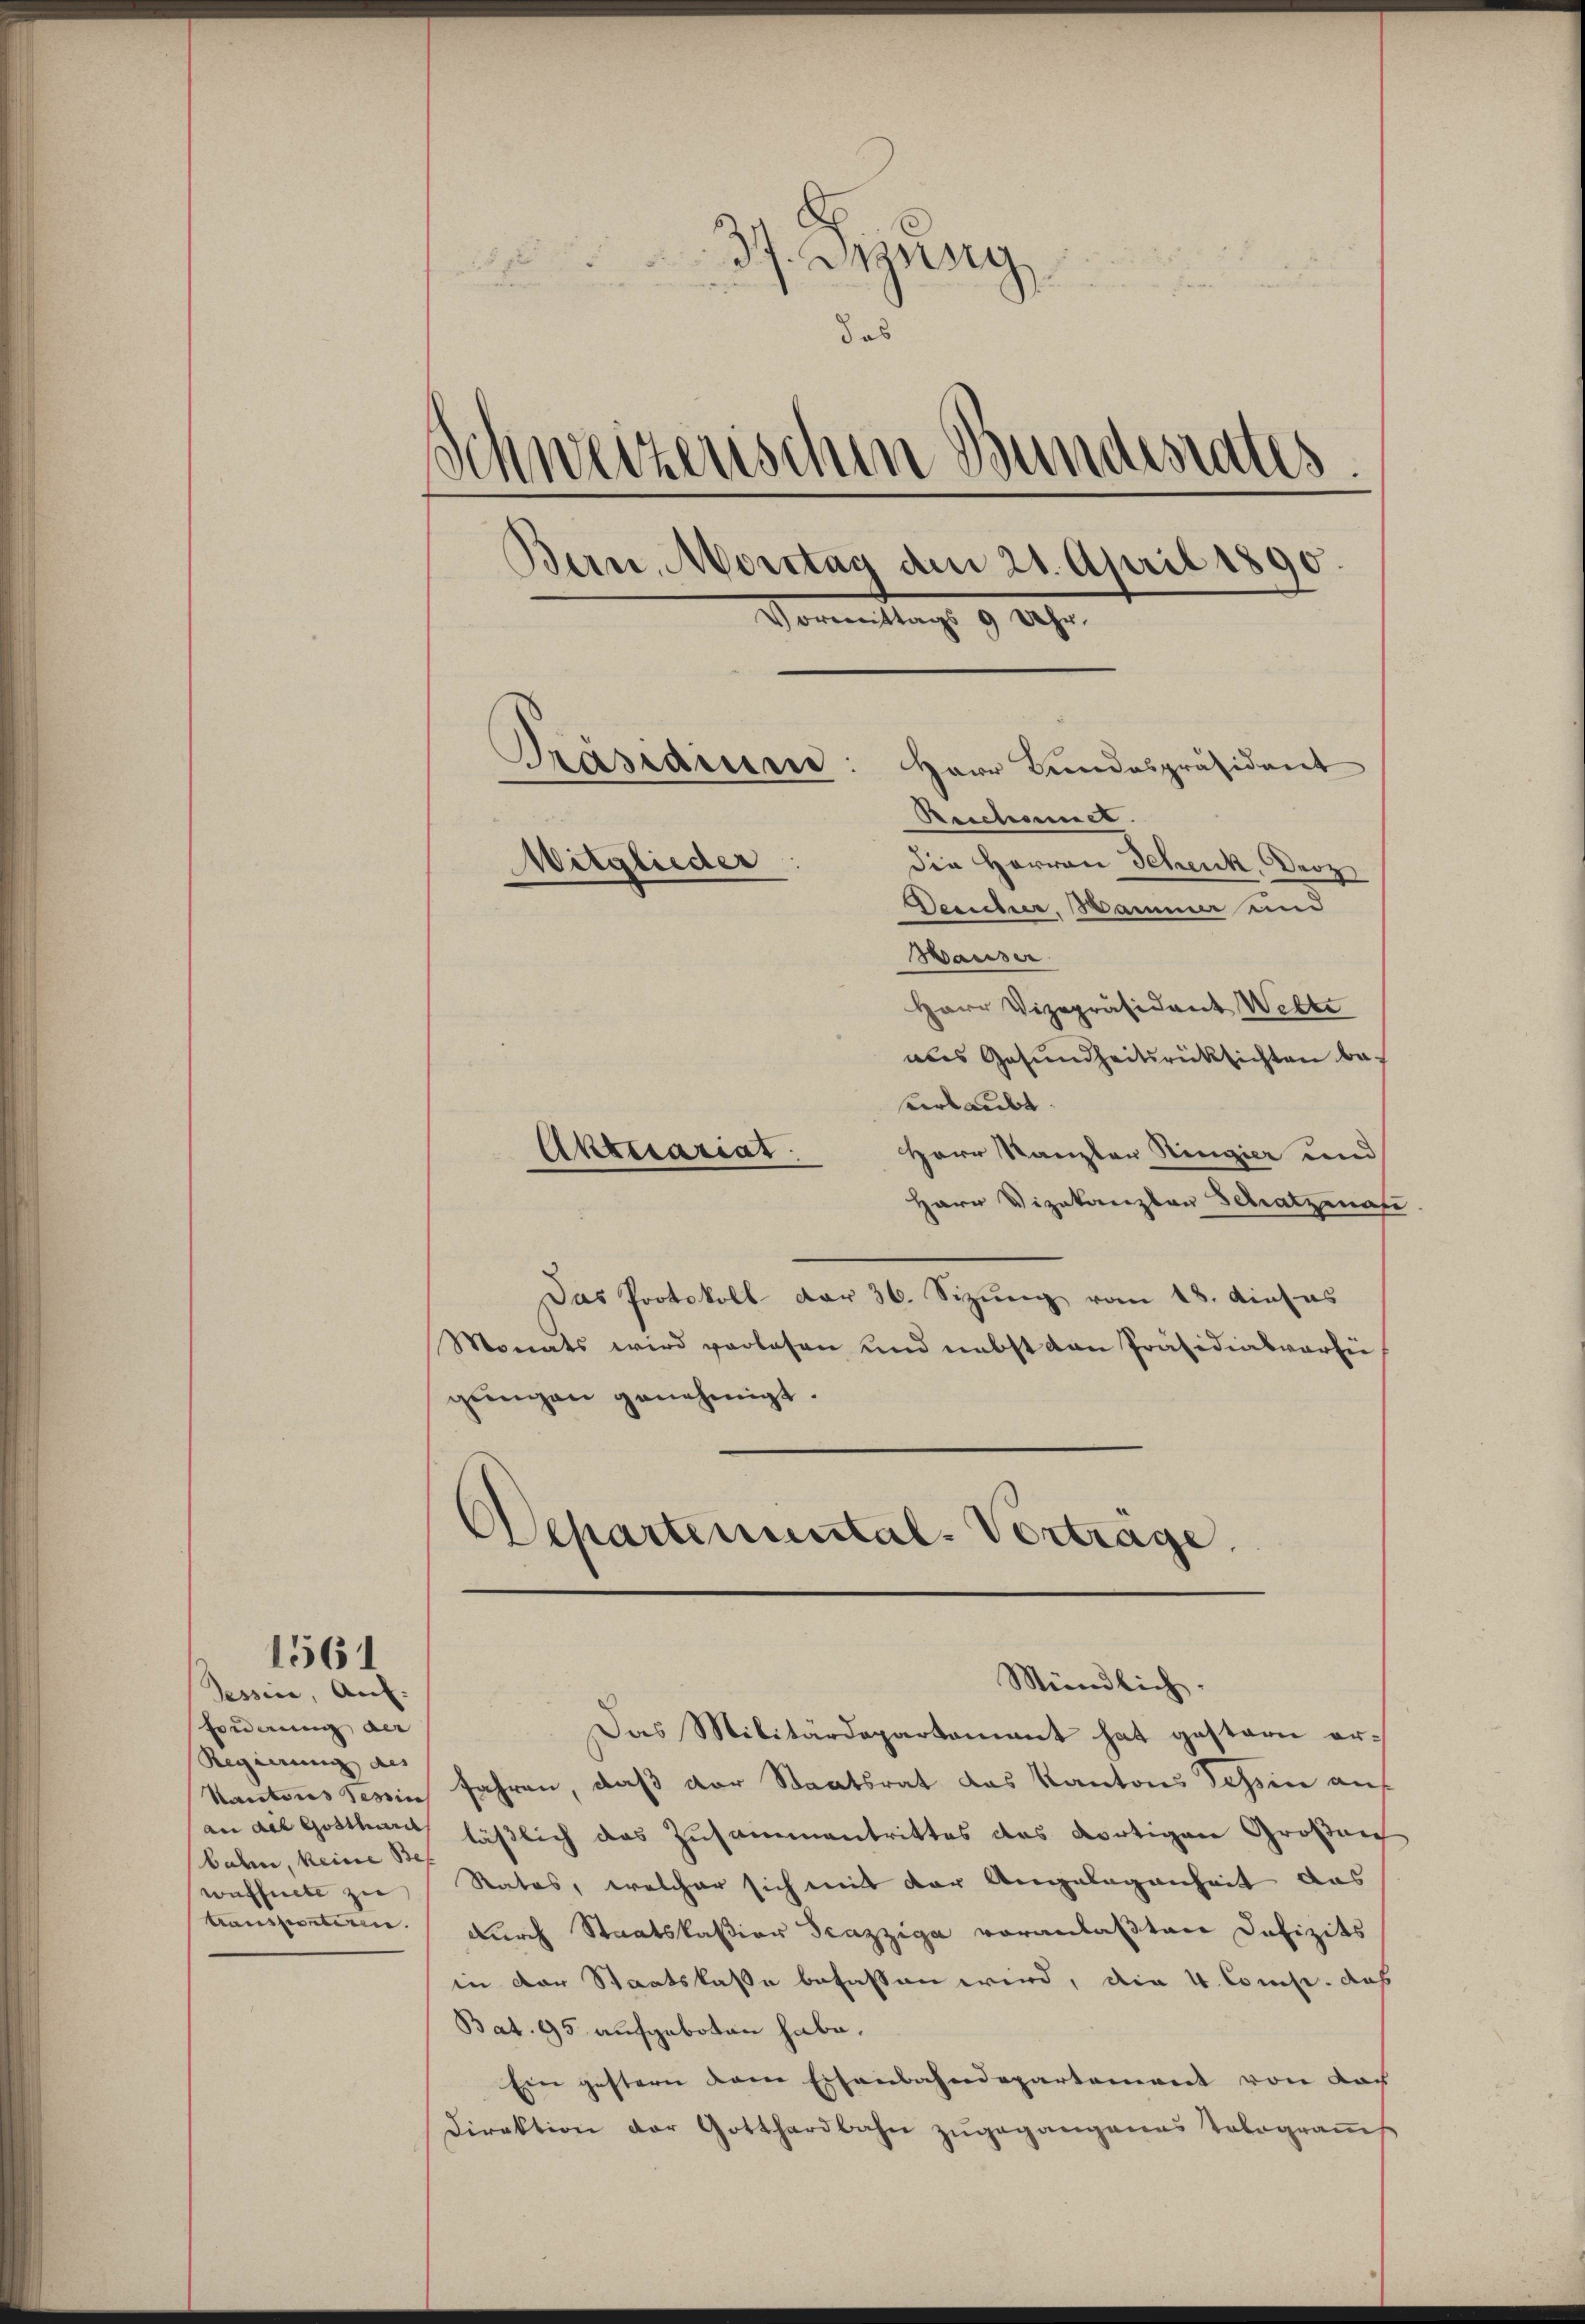
1561
Tessin, auf:

friderung der
Regierung des
bahn, keine Bes
waffnete zu
tansportiren.

37. Dezung,
das
Schweizerischen Bundesrates
Bern, Moritag den 21. April 1890
Vormittags 9 Uhr.
Präsidiene: Herr Bundespräsident
Rescheiner
Witglieder
die Herren Schenk, Droz
Desucher. Samme und

Hauser
Herr Vizepräsident Wette
als Gesundheitsrücksichten beerlaubt.
Aktuariat.
Herr Kanzler Ringier und
Herr Vizekanzlau Schatzenau
Das Protokoll der 36. Sizung vom 18. dieses
Monats wird verlesen und nebst den Präsidialvorsi
gŭngen genehmigt.

Departemental-Verträge.

Mündlich.

Das Militärdepartement hat gestern er¬
Kantons Tessin Jahren, daß der Staatsrat das Kantons Tessin auf
an die Gotthardt läßlich das Zusammentrittes das dortigen Großar
Rates, welcher sich mit der Angelegenheit das
durch Staatskassion Trazziga voranlaßten Defizits
in der Staatskasse befassen wird, die 4. Comise, das
Bat. 95 aufgeboten habe.
Ein gestern dem Eisenbahndepartement von doch
Direktion der Gotthardbahn zŭgegangenes Tolograṁs